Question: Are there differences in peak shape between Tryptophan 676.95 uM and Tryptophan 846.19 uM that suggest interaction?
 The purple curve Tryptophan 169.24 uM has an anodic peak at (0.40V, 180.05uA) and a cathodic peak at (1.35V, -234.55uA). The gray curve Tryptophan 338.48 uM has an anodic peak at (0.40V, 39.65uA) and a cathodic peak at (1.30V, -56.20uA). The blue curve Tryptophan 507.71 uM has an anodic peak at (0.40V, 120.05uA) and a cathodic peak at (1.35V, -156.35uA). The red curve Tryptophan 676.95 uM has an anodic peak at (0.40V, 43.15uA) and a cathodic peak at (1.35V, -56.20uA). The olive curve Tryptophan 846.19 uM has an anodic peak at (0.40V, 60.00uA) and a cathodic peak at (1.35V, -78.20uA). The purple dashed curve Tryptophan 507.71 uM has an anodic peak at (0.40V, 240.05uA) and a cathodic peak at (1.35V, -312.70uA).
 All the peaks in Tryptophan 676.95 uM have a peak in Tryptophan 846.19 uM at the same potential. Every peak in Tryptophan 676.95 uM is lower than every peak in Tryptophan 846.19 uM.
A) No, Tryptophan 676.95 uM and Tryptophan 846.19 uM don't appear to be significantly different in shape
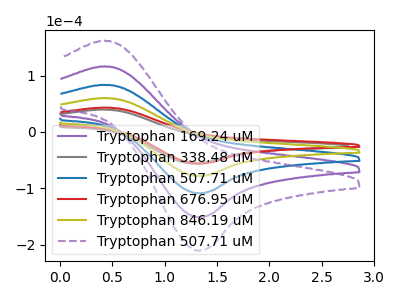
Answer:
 <answer>A) No, "Tryptophan 676.95 uM" and "Tryptophan 846.19 uM" don't appear to be significantly different in shape</answer>
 <eval>A</eval>